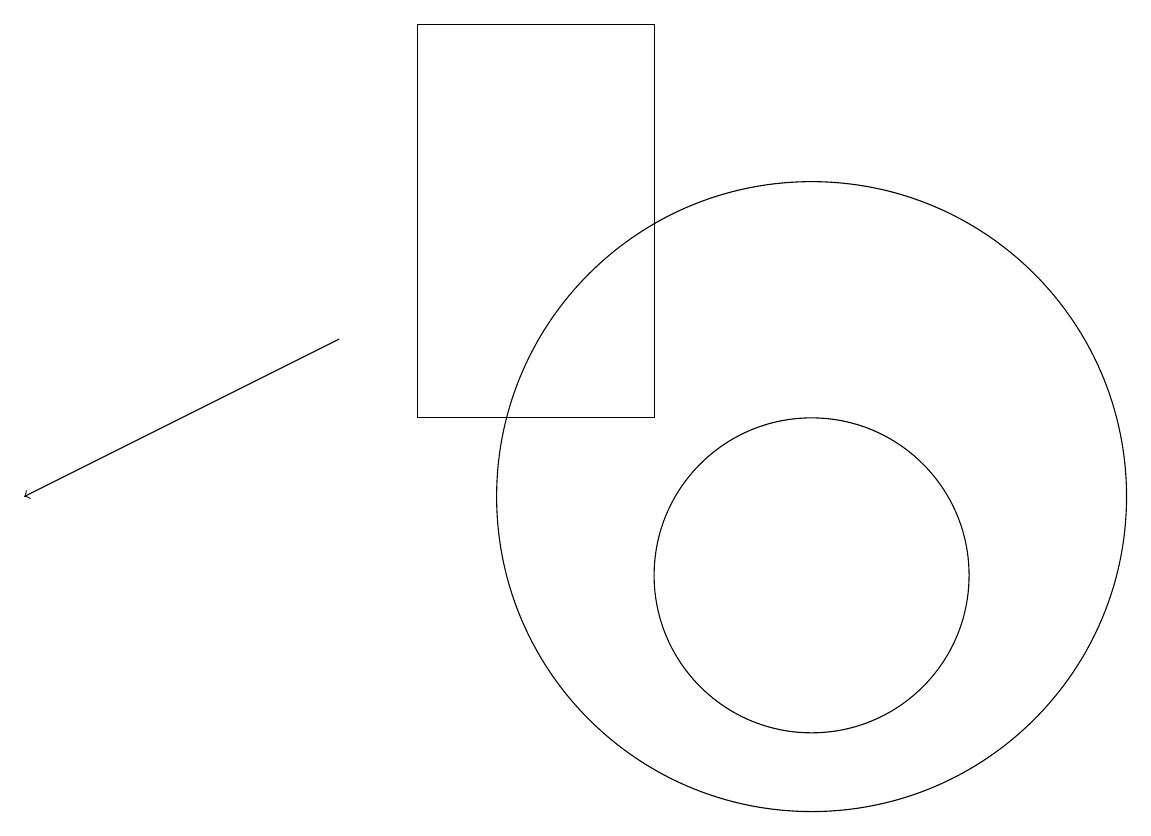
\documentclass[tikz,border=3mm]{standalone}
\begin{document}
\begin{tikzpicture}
\draw (9,17) rectangle (6,12);
\draw (11,11) circle (4);
\draw (11,10) circle (2);
\draw[->] (5,13) -- (1,11);
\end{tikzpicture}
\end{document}